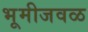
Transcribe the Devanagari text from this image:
भूमीजवळ